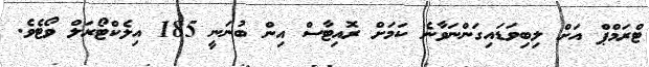
ޓްރަމްޕް އަށް ލިބިވަޑައިގަންނަވާނެ ކަމަށް ރޮއިޓާސް އިން ބުނަނީ 185 އިލެކްޓޯރަލް ވޯޓެވެ.